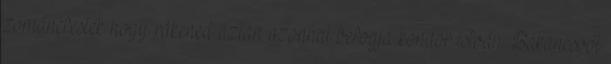
zománcfesték hogy rákened aztán azonnal befogja kondor istván: Bakancsból